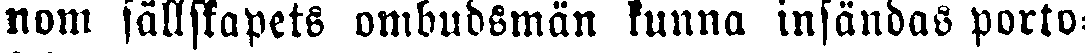
nom sällskapets ombudsmän kunna insändas porto-